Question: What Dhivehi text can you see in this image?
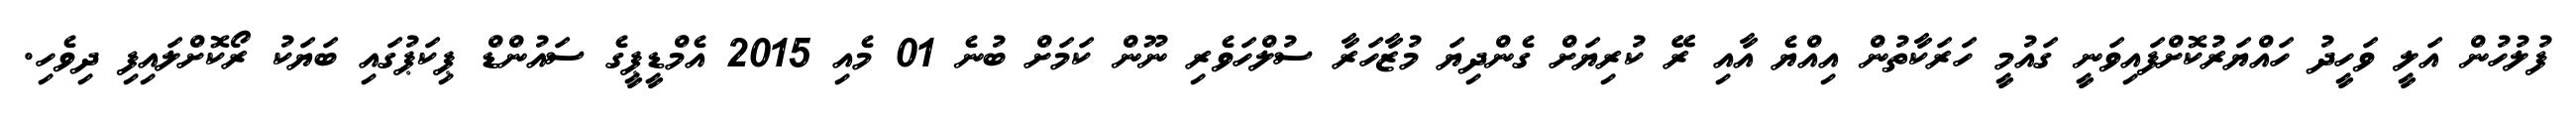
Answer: ފުލުހުން އަލީ ވަހީދު ހައްޔަރުކޮށްފައިވަނީ ގައުމީ ހަރަކާތުން އިއްޔެ އާއި ރޭ ކުރިޔަށް ގެންދިޔަ މުޒާހަރާ ސުލްހަވެރި ނޫން ކަމަށް ބުނެ 01 މެއި 2015 އެމްޑީޕީގެ ސައުންޑް ޕިކަޕުގައި ބަޔަކު ރޯކޮށްލައިފި ދިވެހި.